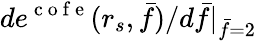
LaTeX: de^{\mathrm{~c~o~f~e~}}(r_{s},\bar{f})/d\bar{f}|_{\bar{f}=2}